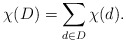
\begin{align*}\chi(D)=\sum_{d\in D}\chi(d).\end{align*}